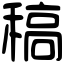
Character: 稿